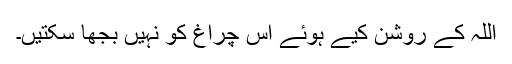
اللہ کے روشن کیے ہوئے اس چراغ کو نہیں بجھا سکتیں۔